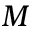
M